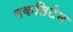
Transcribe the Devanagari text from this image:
तकब्रिटेन